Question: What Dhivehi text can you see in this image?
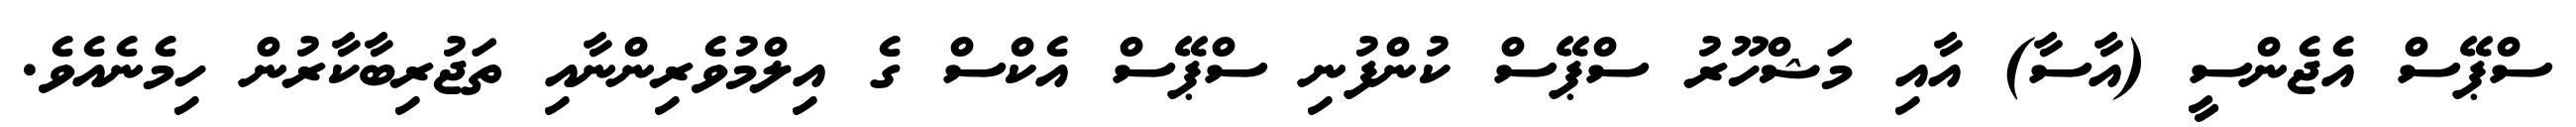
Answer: ސްޕޭސް އެޖެންސީ (އާސާ) އާއި މަޝްހޫރު ސްޕޭސް ކުންފުނި ސްޕޭސް އެކްސް ގެ އިލްމުވެރިންނާއި ތަޖުރިބާކާރުން ހިމެނެއެވެ.